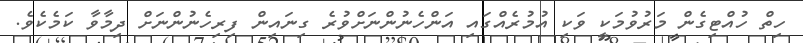
ހިތް ހުއްޓިގެން މަރުވުމަކީ ވަކި އުމުރެއްގައި އަންހެނުންނަށްވުރެ ގިނައިން ފިރިހެނުންނަށް ދިމާވާ ކަމެކެވެ.